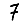
Digit: 7